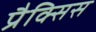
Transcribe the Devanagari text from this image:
प्रैक्सिस